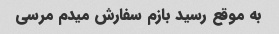
به موقع رسید بازم سفارش میدم مرسی